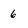
Character: 6